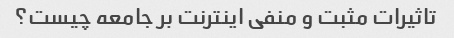
تاثیرات مثبت و منفی اینترنت بر جامعه چیست؟